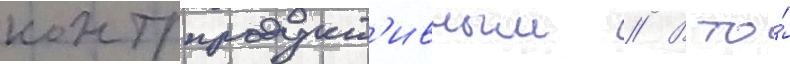
контрпродукт'ивным // В то́